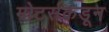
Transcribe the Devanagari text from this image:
मोटर्सकडून